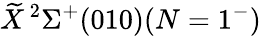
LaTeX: \widetilde{X}\, ^{2}\Sigma^{+}(010)(N=1^{-})